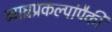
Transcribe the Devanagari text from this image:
व्याघ्रप्रकल्पांपैकी